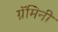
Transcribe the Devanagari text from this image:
ग्रॅमिनी